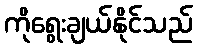
ကိုရွေးချယ်နိုင်သည်